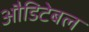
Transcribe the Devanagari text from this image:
औडिटेबल